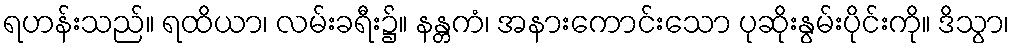
ရဟန်းသည်။ ရထိယာ၊ လမ်းခရီး၌။ နန္တကံ၊ အနားကောင်းသော ပုဆိုးနွမ်းပိုင်းကို။ ဒိသွာ၊